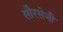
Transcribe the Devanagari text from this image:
सौरसेनी